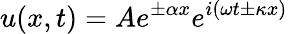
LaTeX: u(x,t)=Ae^{\pm\alpha x}e^{i(\omega t\pm\kappa x)}